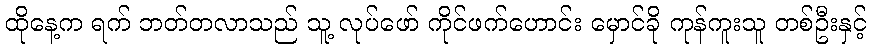
ထိုနေ့က ရက် ဘတ်တလာသည် သူ့ လုပ်ဖော် ကိုင်ဖက်ဟောင်း မှောင်ခို ကုန်ကူးသူ တစ်ဦးနှင့်